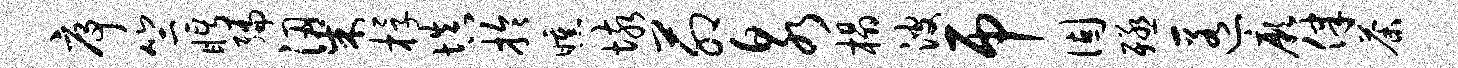
序竺眄编梁桴填拎曛垓茆泉榻波吊固殛匿厥律荼